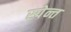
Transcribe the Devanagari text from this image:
स्पेन्त